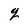
Character: q